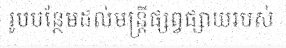
រូបបន្ថែមដល់មន្ត្រីផ្សព្វផ្សាយរបស់